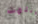
أنتهت